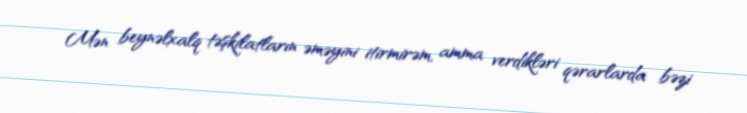
Mən beynəlxalq təşkilatların əməyini itirmirəm, amma verdikləri qərarlarda bəzi